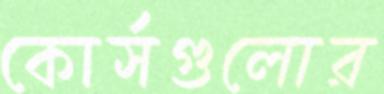
কোর্সগুলোর